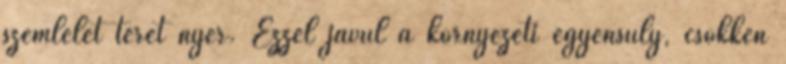
szemlélet teret nyer. Ezzel javul a környezeti egyensúly, csökken